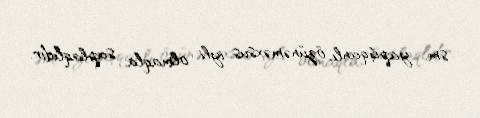
sm, yapışqanlı, özünəməxsus iyli olmaqla, saplaqlıdır.